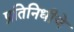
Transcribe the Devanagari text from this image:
प्रतिनिधीचे